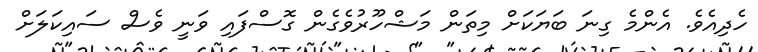
ހެދިއެވެ. އެންމެ ގިނަ ބަޔަކަށް މިތަން މަޝްހޫރުވެގެން ގޮސްފައި ވަނީ ވެސް ސައިކަލަށް